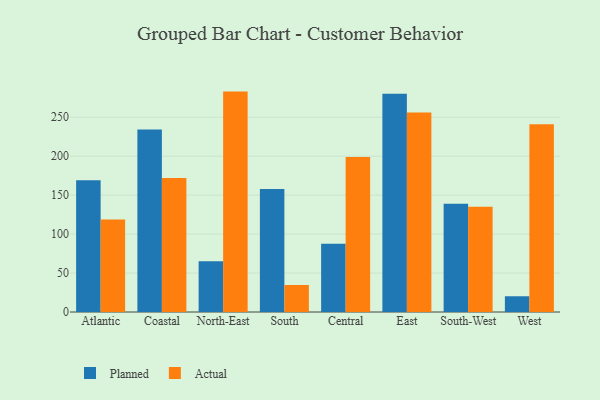
{"axis": {"x": "Region", "y": "LTV (USD)"}, "legend": ["Actual", "Planned"], "data": [{"x": "Atlantic", "y": 169.0, "type": "Planned"}, {"x": "Atlantic", "y": 118.6, "type": "Actual"}, {"x": "Coastal", "y": 234.2, "type": "Planned"}, {"x": "Coastal", "y": 172.1, "type": "Actual"}, {"x": "North-East", "y": 65.0, "type": "Planned"}, {"x": "North-East", "y": 282.9, "type": "Actual"}, {"x": "South", "y": 158.0, "type": "Planned"}, {"x": "South", "y": 34.7, "type": "Actual"}, {"x": "Central", "y": 87.6, "type": "Planned"}, {"x": "Central", "y": 199.0, "type": "Actual"}, {"x": "East", "y": 280.3, "type": "Planned"}, {"x": "East", "y": 256.1, "type": "Actual"}, {"x": "South-West", "y": 139.1, "type": "Planned"}, {"x": "South-West", "y": 135.1, "type": "Actual"}, {"x": "West", "y": 20.2, "type": "Planned"}, {"x": "West", "y": 241.0, "type": "Actual"}]}